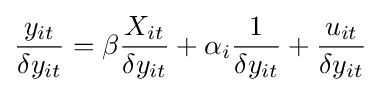
{\frac {y_{it}}{\delta y_{it}}}=\mathbf {\beta } {\frac {X_{it}}{\delta y_{it}}}+\alpha _{i}{\frac {1}{\delta y_{it}}}+{\frac {u_{it}}{\delta y_{it}}}